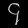
Digit: ၄